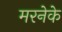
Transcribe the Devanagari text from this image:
मरनेके